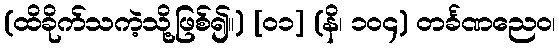
(ထိခိုက်သကဲ့သို့ဖြစ်၍။) [၀၁] (နိ၊ ၁၀၄) တင်္ခဏညေဝ၊